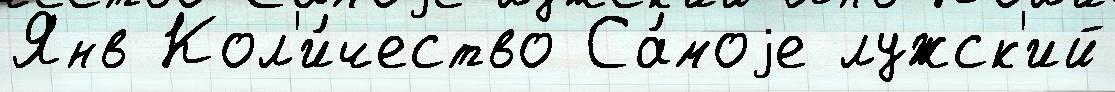
Янв Кол'и́чество Са́моjе лужск'ий